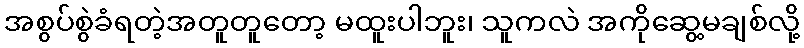
အစွပ်စွဲခံရတဲ့အတူတူတော့ မထူးပါဘူး၊ သူကလဲ အကိုဆွေ့မချစ်လို့